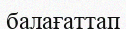
балағаттап